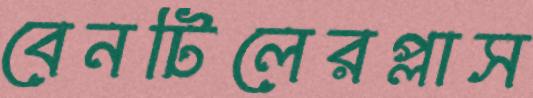
বেনটিলেরপ্লাস